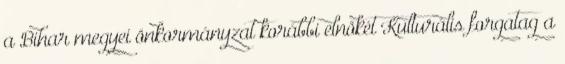
a Bihar megyei önkormányzat korábbi elnökét Kulturális forgatag a